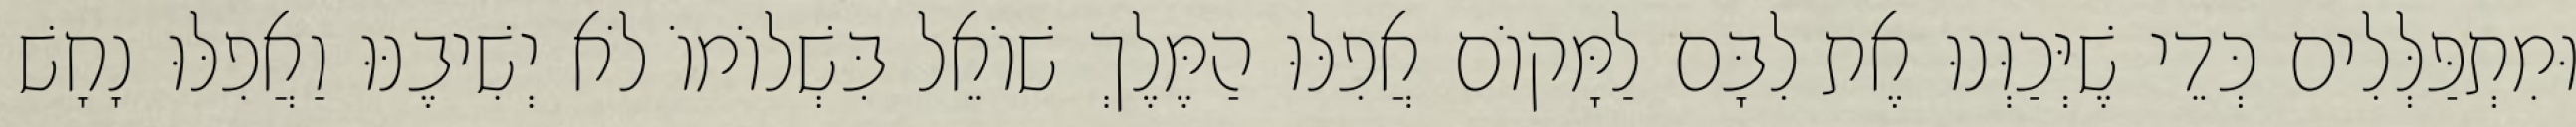
וּמִתְפַּלְּלִים כְּדֵי שֶׁיְּכַוְּנוּ אֶת לִבָּם לַמָּקוֹם אֲפִלּוּ הַמֶּלֶךְ שׁוֹאֵל בִּשְׁלוֹמוֹ לֹא יְשִׁיבֶנּוּ וַאֲפִלּוּ נָחָשׁ